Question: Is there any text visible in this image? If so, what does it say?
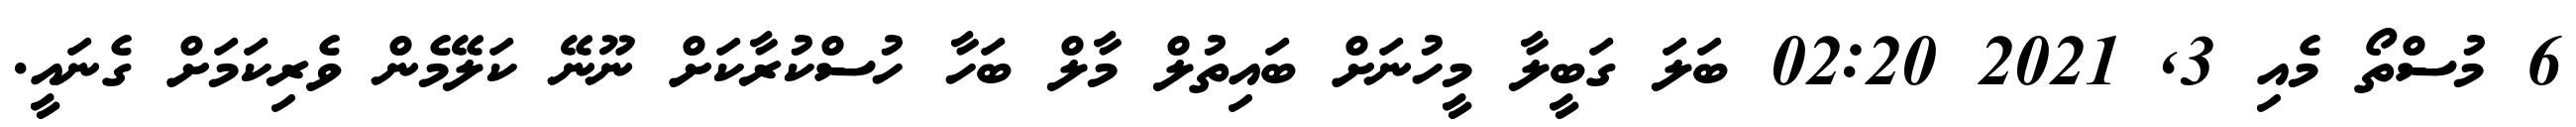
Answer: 6 މުސްތޯ މެއި 3, 2021 02:20 ބަލަ ގަބީލާ މީހުނަށް ބައިތުލް މާލް ބަހާ ހުސްކުރާކަށް ނޫނޭ ކަލޭމެން ވެރިކަމަށް ގެނައީ.